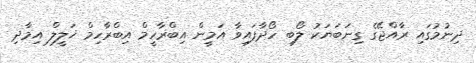
ދިނުމުގައި ރާއްޖޭގެ ގިނަބަޔަކު ލޯބި ހޯދާފައިވާ އަމީން އިބްރާހީމް އިބްރާހިމް ޚަލީލް އިމާދި